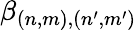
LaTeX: \beta_{(n,m),(n^{\prime},m^{\prime})}